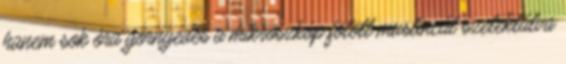
hanem sok óra görnyedés a mikroszkóp fölött muslincát szelektálva